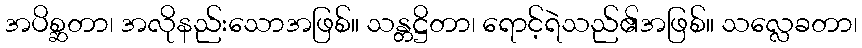
အပိစ္ဆတာ၊ အလိုနည်းသောအဖြစ်။ သန္တဋ္ဌိတာ၊ ရောင့်ရဲသည်၏အဖြစ်။ သလ္လေခတာ၊